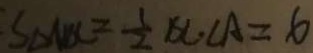
S _ { \Delta A B C } = \frac { 1 } { 2 } B C \cdot C A = 6